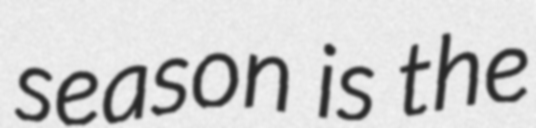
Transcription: season is the